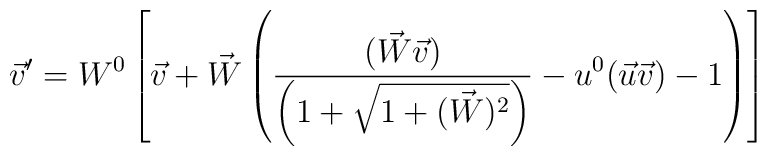
\vec{v}' = W^0 \left[\vec{v} + \vec{W} \left(\frac{(\vec{W} \vec{v})}{\left(1 + \sqrt{1 + (\vec{W})^2}\right)} - u^0 (\vec{u} \vec{v}) - 1\right)\right]